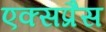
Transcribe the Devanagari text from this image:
एक्‍सप्रैस